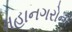
મહાનગરોની